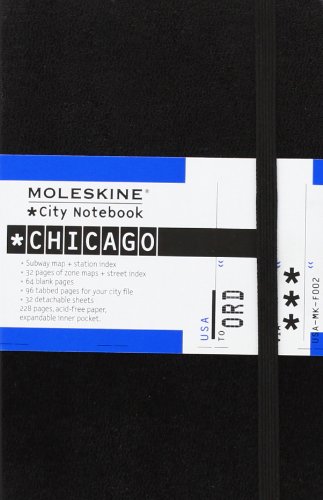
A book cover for Moleskine City Notebook Chicago; Moleskine; Travel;